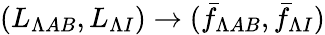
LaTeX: (L_{\Lambda AB},L_{\Lambda I})\to(\bar{f}_{\Lambda AB},\bar{f}_{\Lambda I})